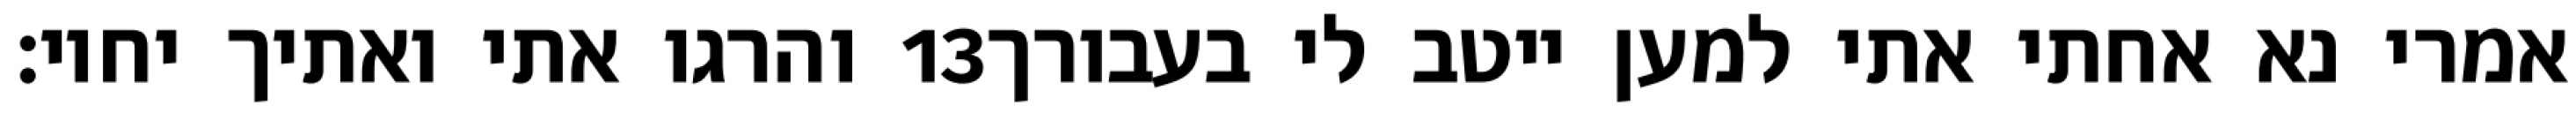
והרגו אתי ואתיך יחיו׃ ‎13‏ אמרי נא אחתי אתי למען ייטב לי בעבורך